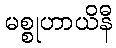
မစ္စုဟာယိနီ